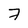
Character: 7